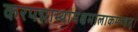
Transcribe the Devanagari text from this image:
करपद्माभ्यामक्षमालाकमण्डलू।